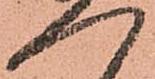
候